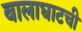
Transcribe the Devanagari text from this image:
बालाघाटची